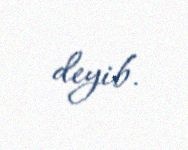
deyib.